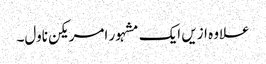
علاوہ ازیں ایک مشہور امریکن ناول۔